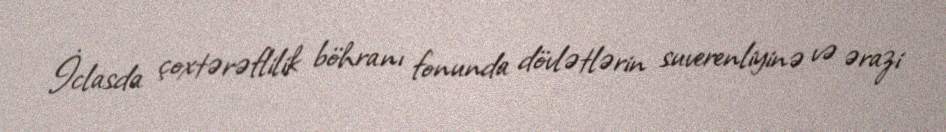
İclasda çoxtərəflilik böhranı fonunda dövlətlərin suverenliyinə və ərazi